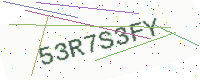
Text: 53R7S3FY